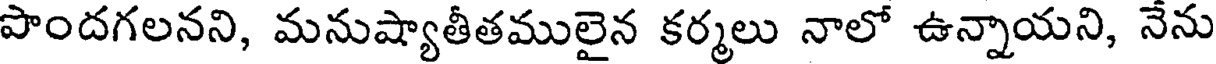
పొందగలనని, మనుష్యాతీతములైన కర్మలు నాలో ఉన్నాయని, నేను